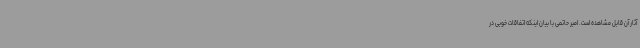
آثار آن قابل مشاهده است. امیر حاتمی با بیان اینکه اتفاقات خوبی در